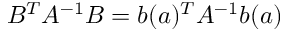
B ^ { T } A ^ { - 1 } B = \boldsymbol { b } ( \boldsymbol { a } ) ^ { T } A ^ { - 1 } \boldsymbol { b } ( \boldsymbol { a } )